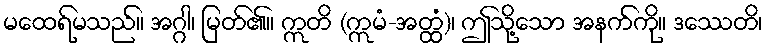
မထေရ်မသည်။ အဂ္ဂါ၊ မြတ်၏။ ဣတိ (ဣမံ-အတ္ထံ)၊ ဤသို့သော အနက်ကို။ ဒဿေတိ၊